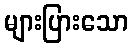
များပြားသော